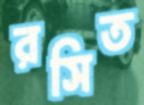
রসিত